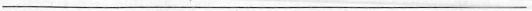
___